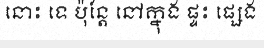
នោះ ទេ ប៉ុន្តែ នៅក្នុង ផ្ទះ ផ្សេង